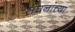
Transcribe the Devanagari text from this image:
संघनांच्या